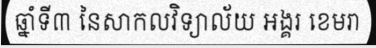
ឆ្នាំទី៣ នៃសាកលវិទ្យាល័យ អង្គរ ខេមរា